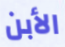
الأبن